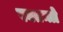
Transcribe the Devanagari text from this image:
स्वतन्त्रो